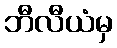
ဘီလီယံမှ